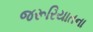
જરૂરિયાતના